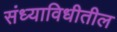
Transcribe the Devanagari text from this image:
संध्याविधीतील